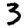
Digit: 3